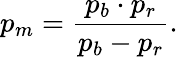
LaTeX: p_{m}={\frac{p_{b}\cdot p_{r}}{p_{b}-p_{r}}}.